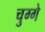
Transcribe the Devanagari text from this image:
चुग्गे